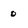
Character: 0